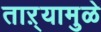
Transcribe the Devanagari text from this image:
ताऱ्यामुळे